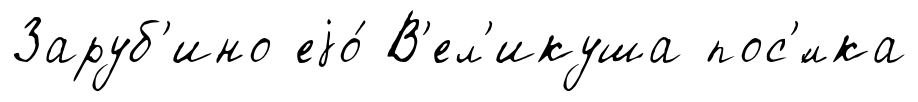
Заруб'ино еjо́ В'ел'икуша пос'́лка